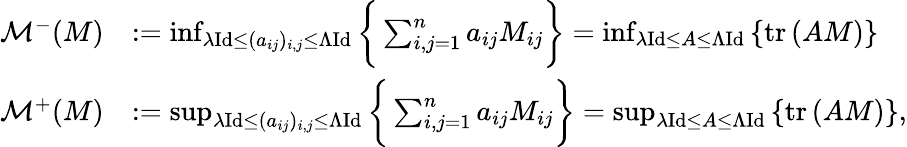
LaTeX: \begin{array}{rl}{\mathcal{M}^{-}(M)}&{:=\operatorname*{inf}_{\lambda\mathrm{Id}\le(a_{ij})_{i,j}\le\Lambda\mathrm{Id}}\bigg\{ \sum_{i,j=1}^{n}a_{ij}M_{ij}\bigg\} =\operatorname*{inf}_{\lambda\mathrm{Id}\le A\le\Lambda\mathrm{Id}}\left\{ \mathrm{tr}\, (AM)\right\} }\\ {\mathcal{M}^{+}(M)}&{:=\operatorname*{sup}_{\lambda\mathrm{Id}\le(a_{ij})_{i,j}\le\Lambda\mathrm{Id}}\bigg\{ \sum_{i,j=1}^{n}a_{ij}M_{ij}\bigg\} =\operatorname*{sup}_{\lambda\mathrm{Id}\le A\le\Lambda\mathrm{Id}}\left\{ \mathrm{tr}\, (AM)\right\} ,}\end{array}